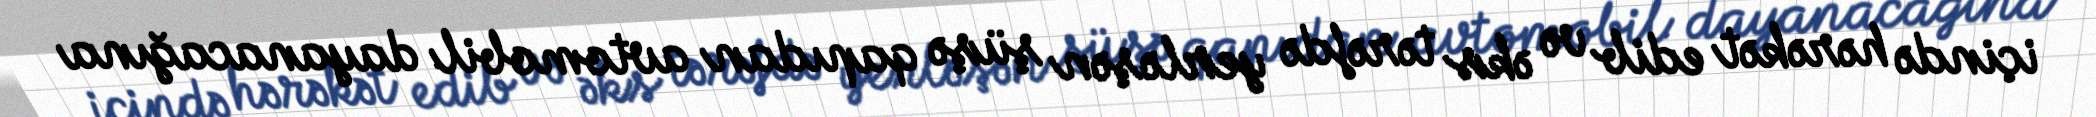
içində hərəkət edib və əks tərəfdə yerləşən şüşə qapıdan avtomobil dayanacağına